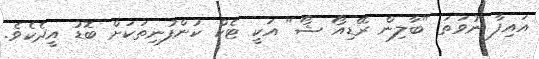
އައިފާ ނުވަތަ "ބާލިން ރޭޑިއޯ ޝޯ" އަކީ ޓެކް ކުންފުނިތަކަށް ބޮޑު އީދެކެވެ.